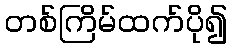
တစ်ကြိမ်ထက်ပို၍